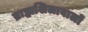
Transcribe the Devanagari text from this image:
ब्राह्मशिलावालों